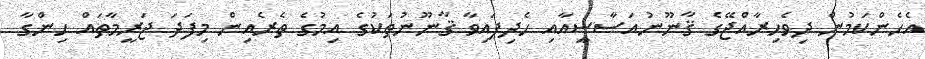
އެހެންކަމުން ދިވެހިރާއްޖޭގެ ޤާނޫނުއަސާސީއާއި ހެދިފައިވާ ޤާނޫނުތަކުގެ އިމުގެ ތެރެއިން މިފަދަ ޖަރީމާތައް ހިންގާ